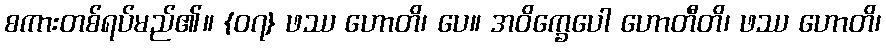
စကားတစ်ရပ်မည်၏။ {၀၇} ဖဿ ဟောတိ၊ ပေ။ အဝိက္ခေပေါ ဟောတီတိ၊ ဖဿ ဟောတိ၊